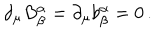
\partial _ { \mu } B _ { \beta } ^ { \alpha } = \partial _ { \mu } b _ { \beta } ^ { \alpha } = 0 \, .